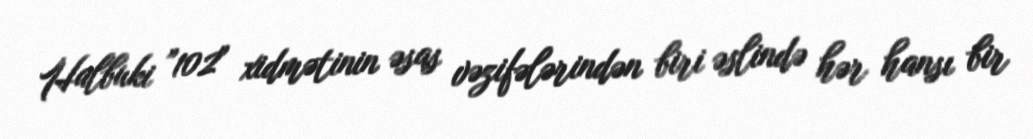
Halbuki ”102" xidmətinin əsas vəzifələrindən biri əslində hər hansı bir